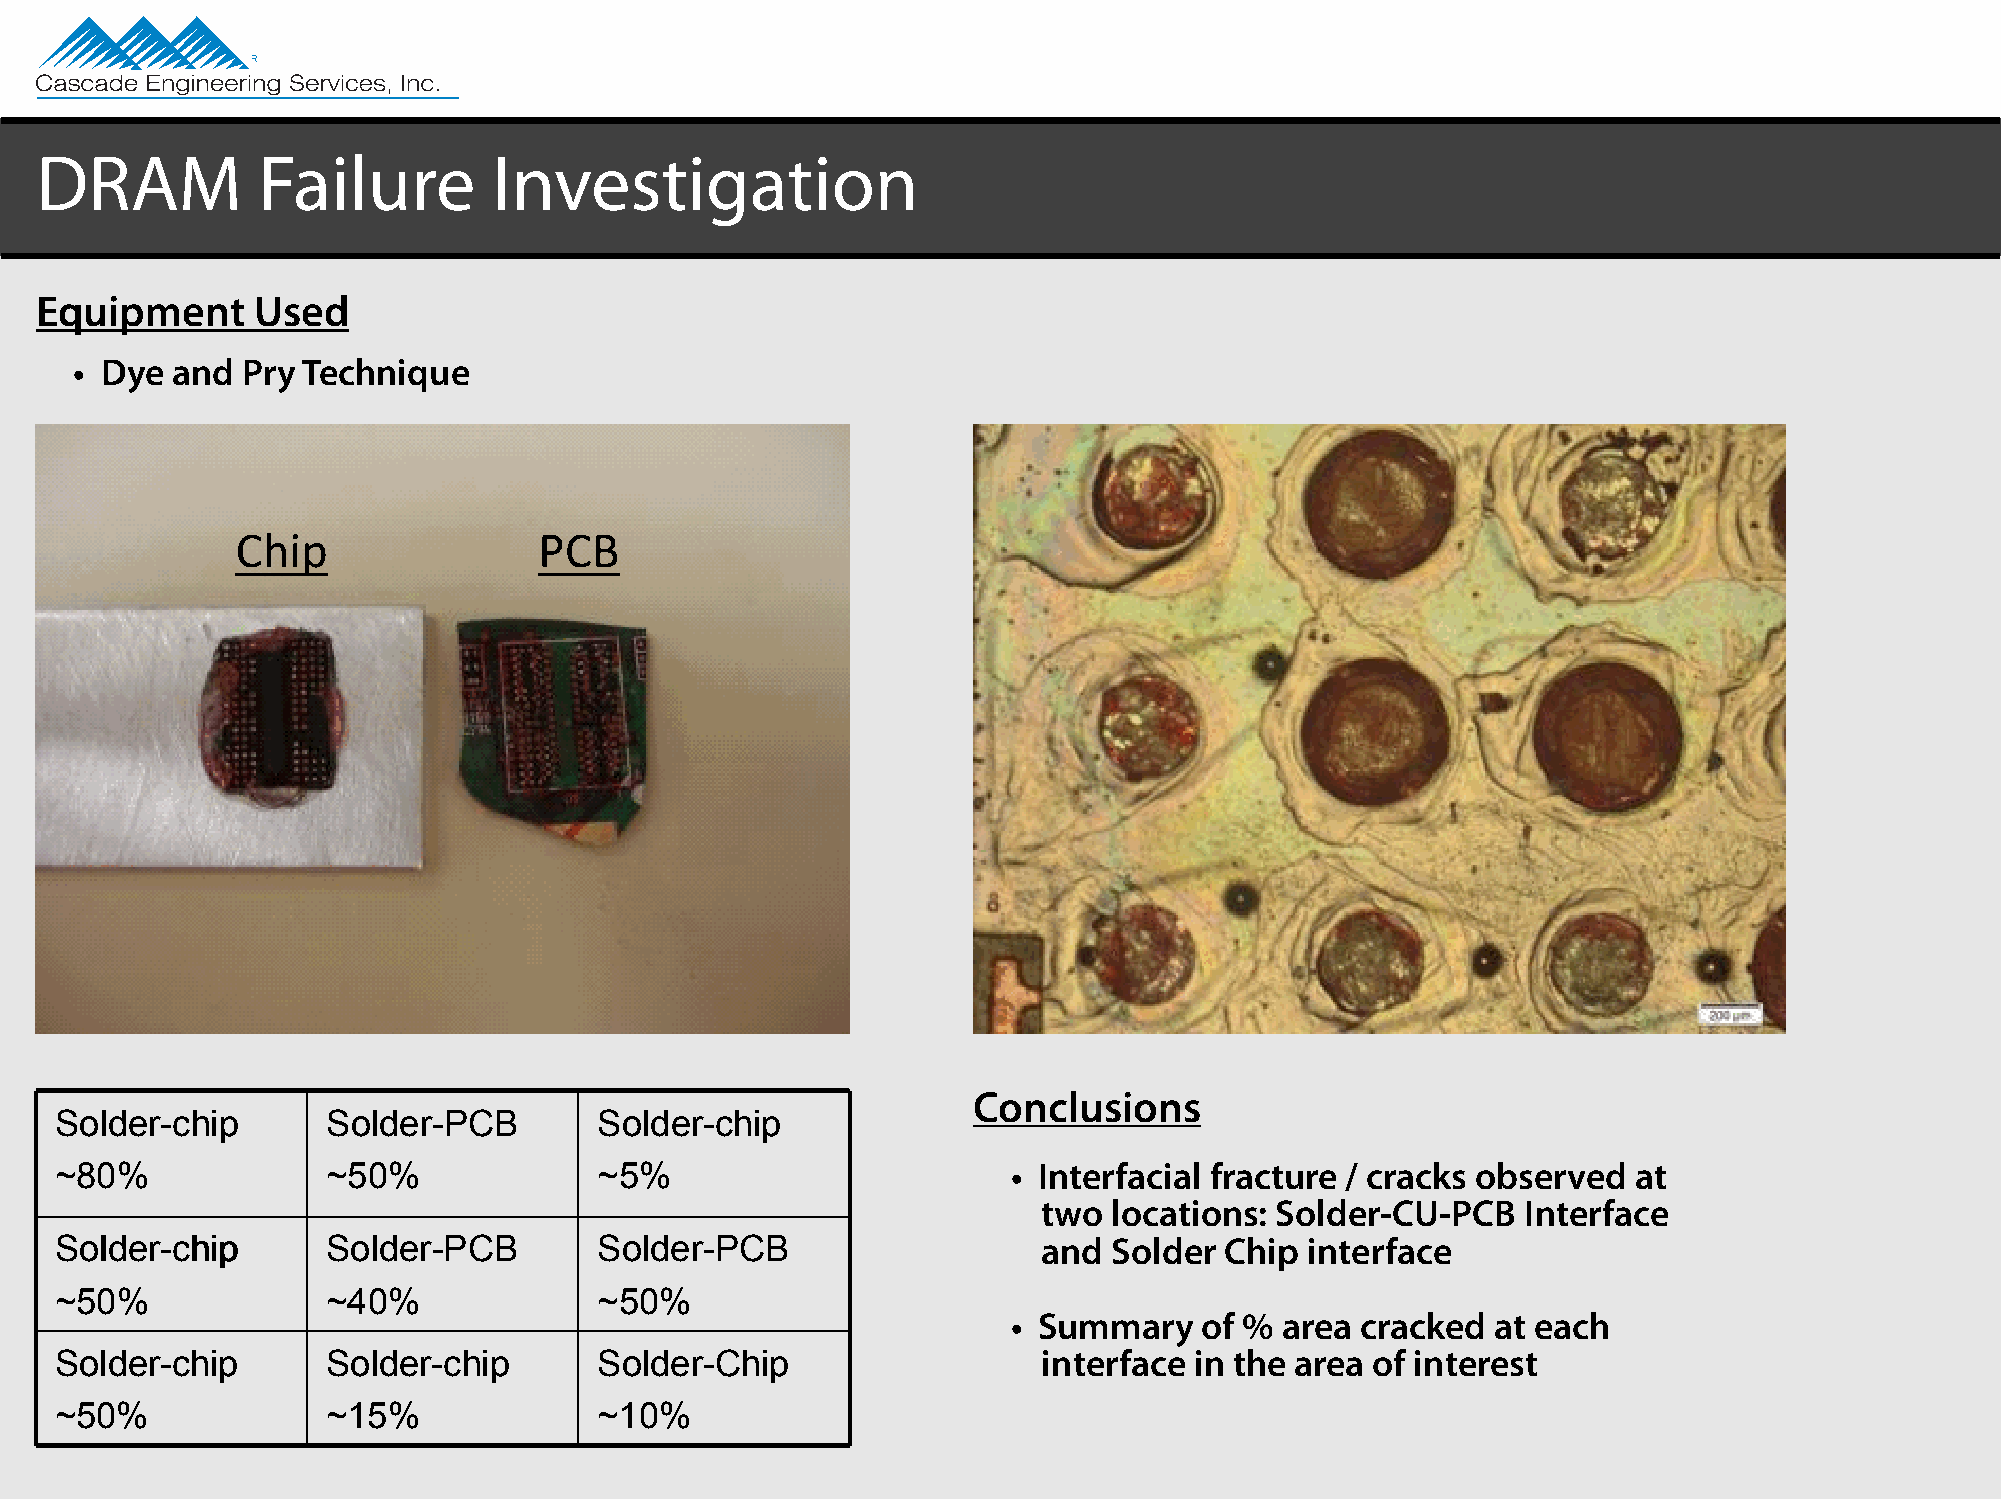
DRAM           Failure         Investigation
 Equipment      Used
 • Dye and  Pry Technique
 Chip                PCB
 Conclusions
 Solder-chip       Solder-PCB        Solder-chip
 ~80%              ~50%              ~5%                        • Interfacial fracture / cracks observed at
 two  locations: Solder-CU-PCB   Interface
 SSoollddeerr--cchhiipp Solder-PCB   Solder-PCB                   and  Solder Chip  interface
 ~50%              ~40%              ~50%
 • Summary    of % area cracked  at each
 Solder-chip       Solder-chip       Solder-Chip                  interface in the area of interest
 ~50%              ~15%              ~10%